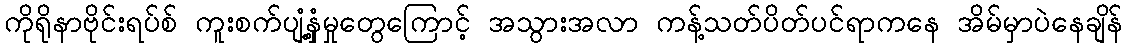
ကိုရိုနာဗိုင်းရပ်စ် ကူးစက်ပျံ့နှံ့မှုတွေကြောင့် အသွားအလာ ကန့်သတ်ပိတ်ပင်ရာကနေ အိမ်မှာပဲနေချိန်